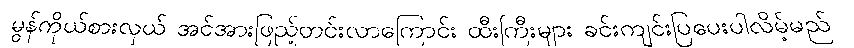
မွန်ကိုယ်စားလှယ် အင်အားဖြည့်တင်းလာကြောင်း ထီးကြီးများ ခင်းကျင်းပြပေးပါလိမ့်မည်